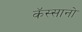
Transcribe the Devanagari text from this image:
कॅस्सानो